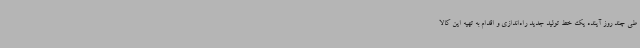
طی چند روز آینده یک خط تولید جدید راه‌اندازی و اقدام به تهیه این کالا